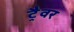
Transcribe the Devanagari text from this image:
ट्रैवर